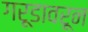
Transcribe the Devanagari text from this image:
गरूडावरून